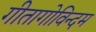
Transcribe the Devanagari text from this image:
गीतागोविन्दम